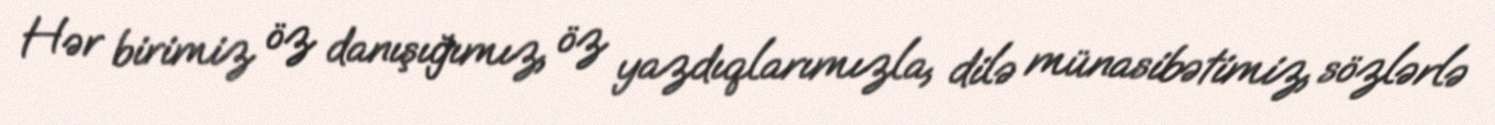
Hər birimiz öz danışığımız, öz yazdıqlarımızla, dilə münasibətimiz, sözlərlə